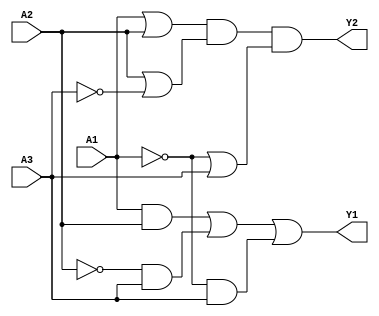
module combinational_logic (
    input wire A1, 
    input wire A2, 
    input wire A3, 
    output wire Y1, 
    output wire Y2
);

// Sum of Products (SOP) Implementation
// Example logic: Y1 = A1A2 + A2'A3 + A1'A3
assign Y1 = (A1 & A2) | (~A2 & A3) | (~A1 & A3);

// Product of Sums (POS) Implementation
// Example logic: Y2 = (A1 + A2)(A2 + A3')(A1' + A3)
assign Y2 = (A1 | A2) & (A2 | ~A3) & (~A1 | A3);

endmodule